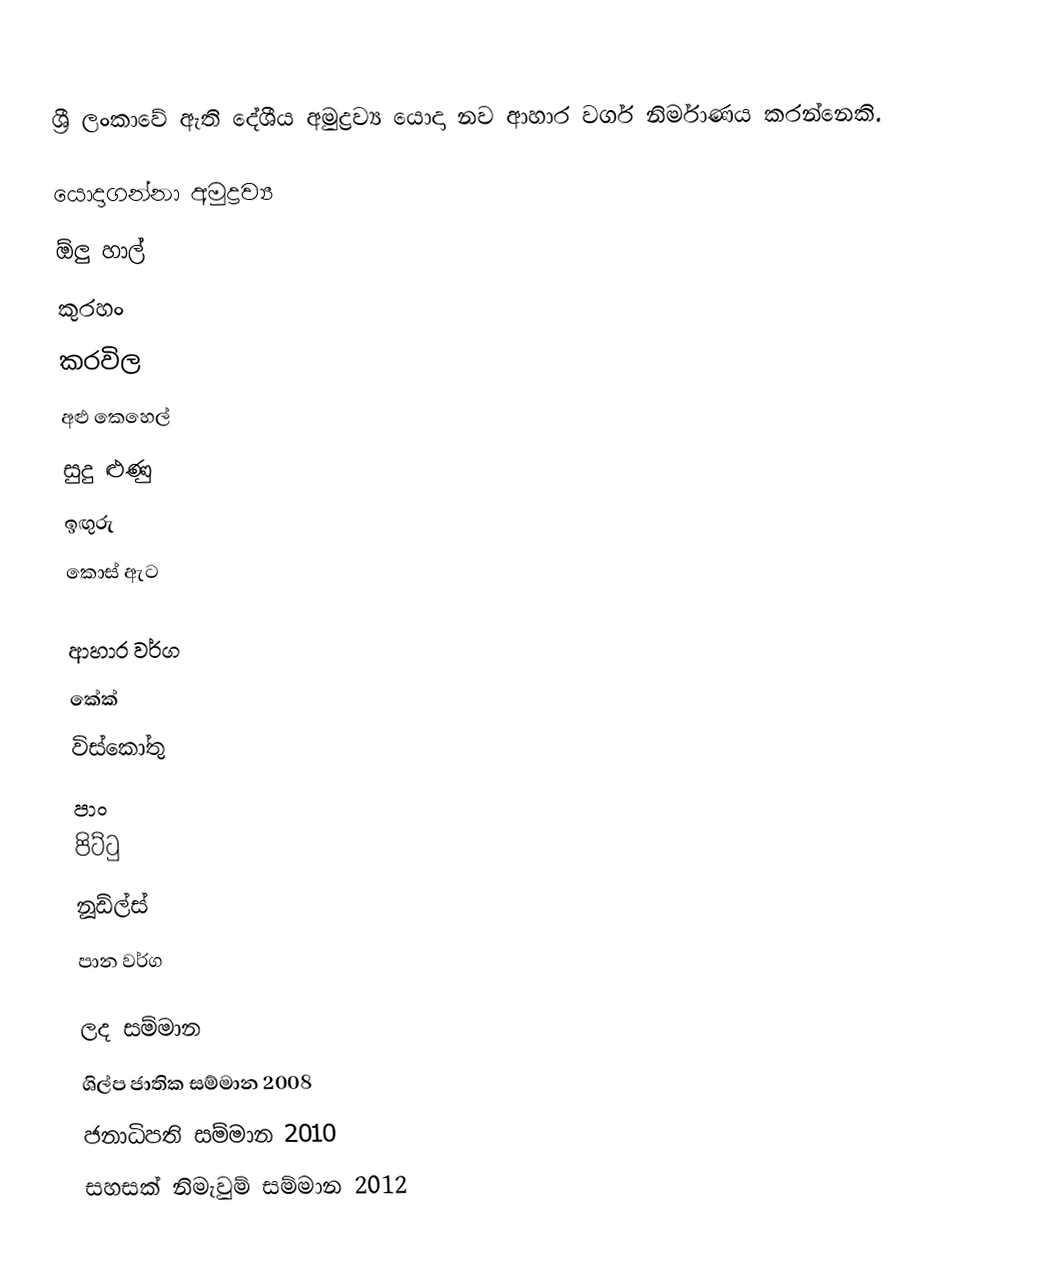
ශ්‍රී ලංකාවේ ඇති දේශීය අමුද්‍රව්‍ය යොදා නව ආහාර වර්ග නිර්මාණය කරන්නෙකි.

යොදාගන්නා අමුද්‍රව්‍ය
 ඕලු හාල්
 කුරහං
 කරවිල
 අළු කෙහෙල්
 සුදු ළුණු
 ඉඟුරු
 කොස් ඇට

ආහාර වර්ග
 කේක්
 විස්කෝතු
 පාං
 පිට්ටු
 නූඩ්ල්ස්
 පාන වර්ග

ලද සම්මාන
 ශිල්ප ජාතික සම්මාන 2008
 ජනාධිපති සම්මාන 2010
 සහසක් නිමැවුම් සම්මාන 2012